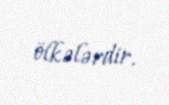
ölkələrdir.